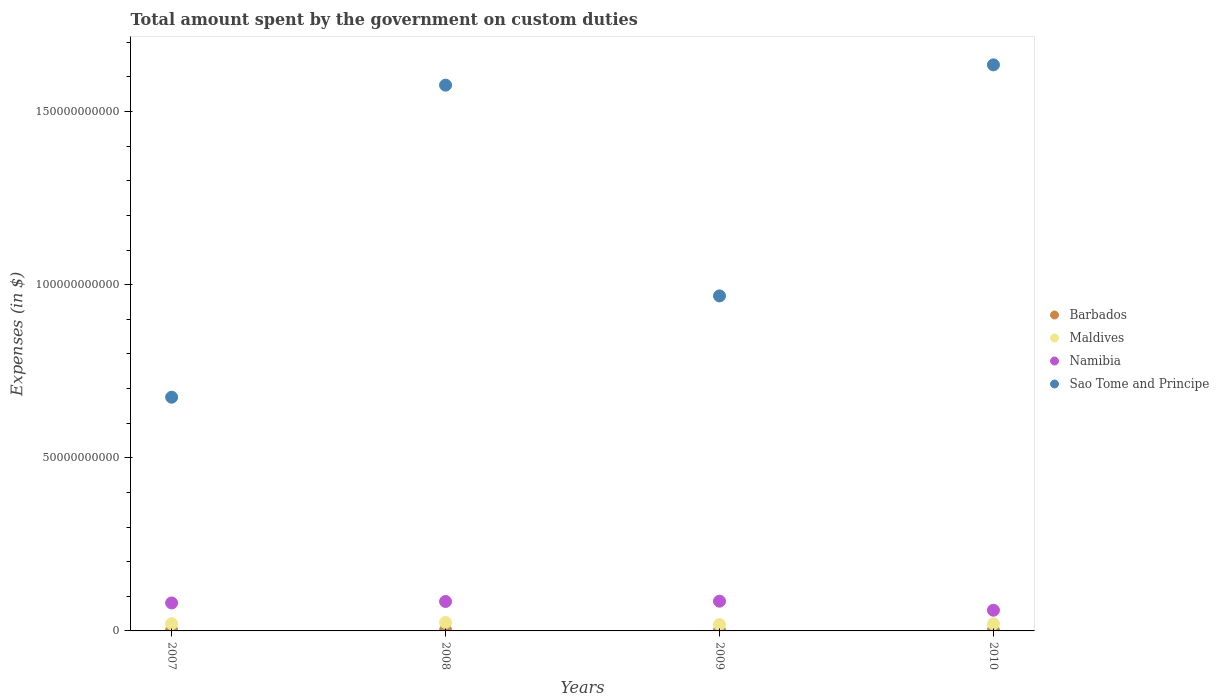
| Years | Barbados | Maldives | Namibia | Sao Tome and Principe |
 | --- | --- | --- | --- | --- |
 | 2007 | 2.17e+08 | 2.09e+09 | 8.09e+09 | 6.75e+10 |
 | 2008 | 2.19e+08 | 2.45e+09 | 8.5e+09 | 1.58e+11 |
 | 2009 | 1.78e+08 | 1.85e+09 | 8.59e+09 | 9.67e+10 |
 | 2010 | 1.91e+08 | 2.06e+09 | 5.98e+09 | 1.63e+11 |